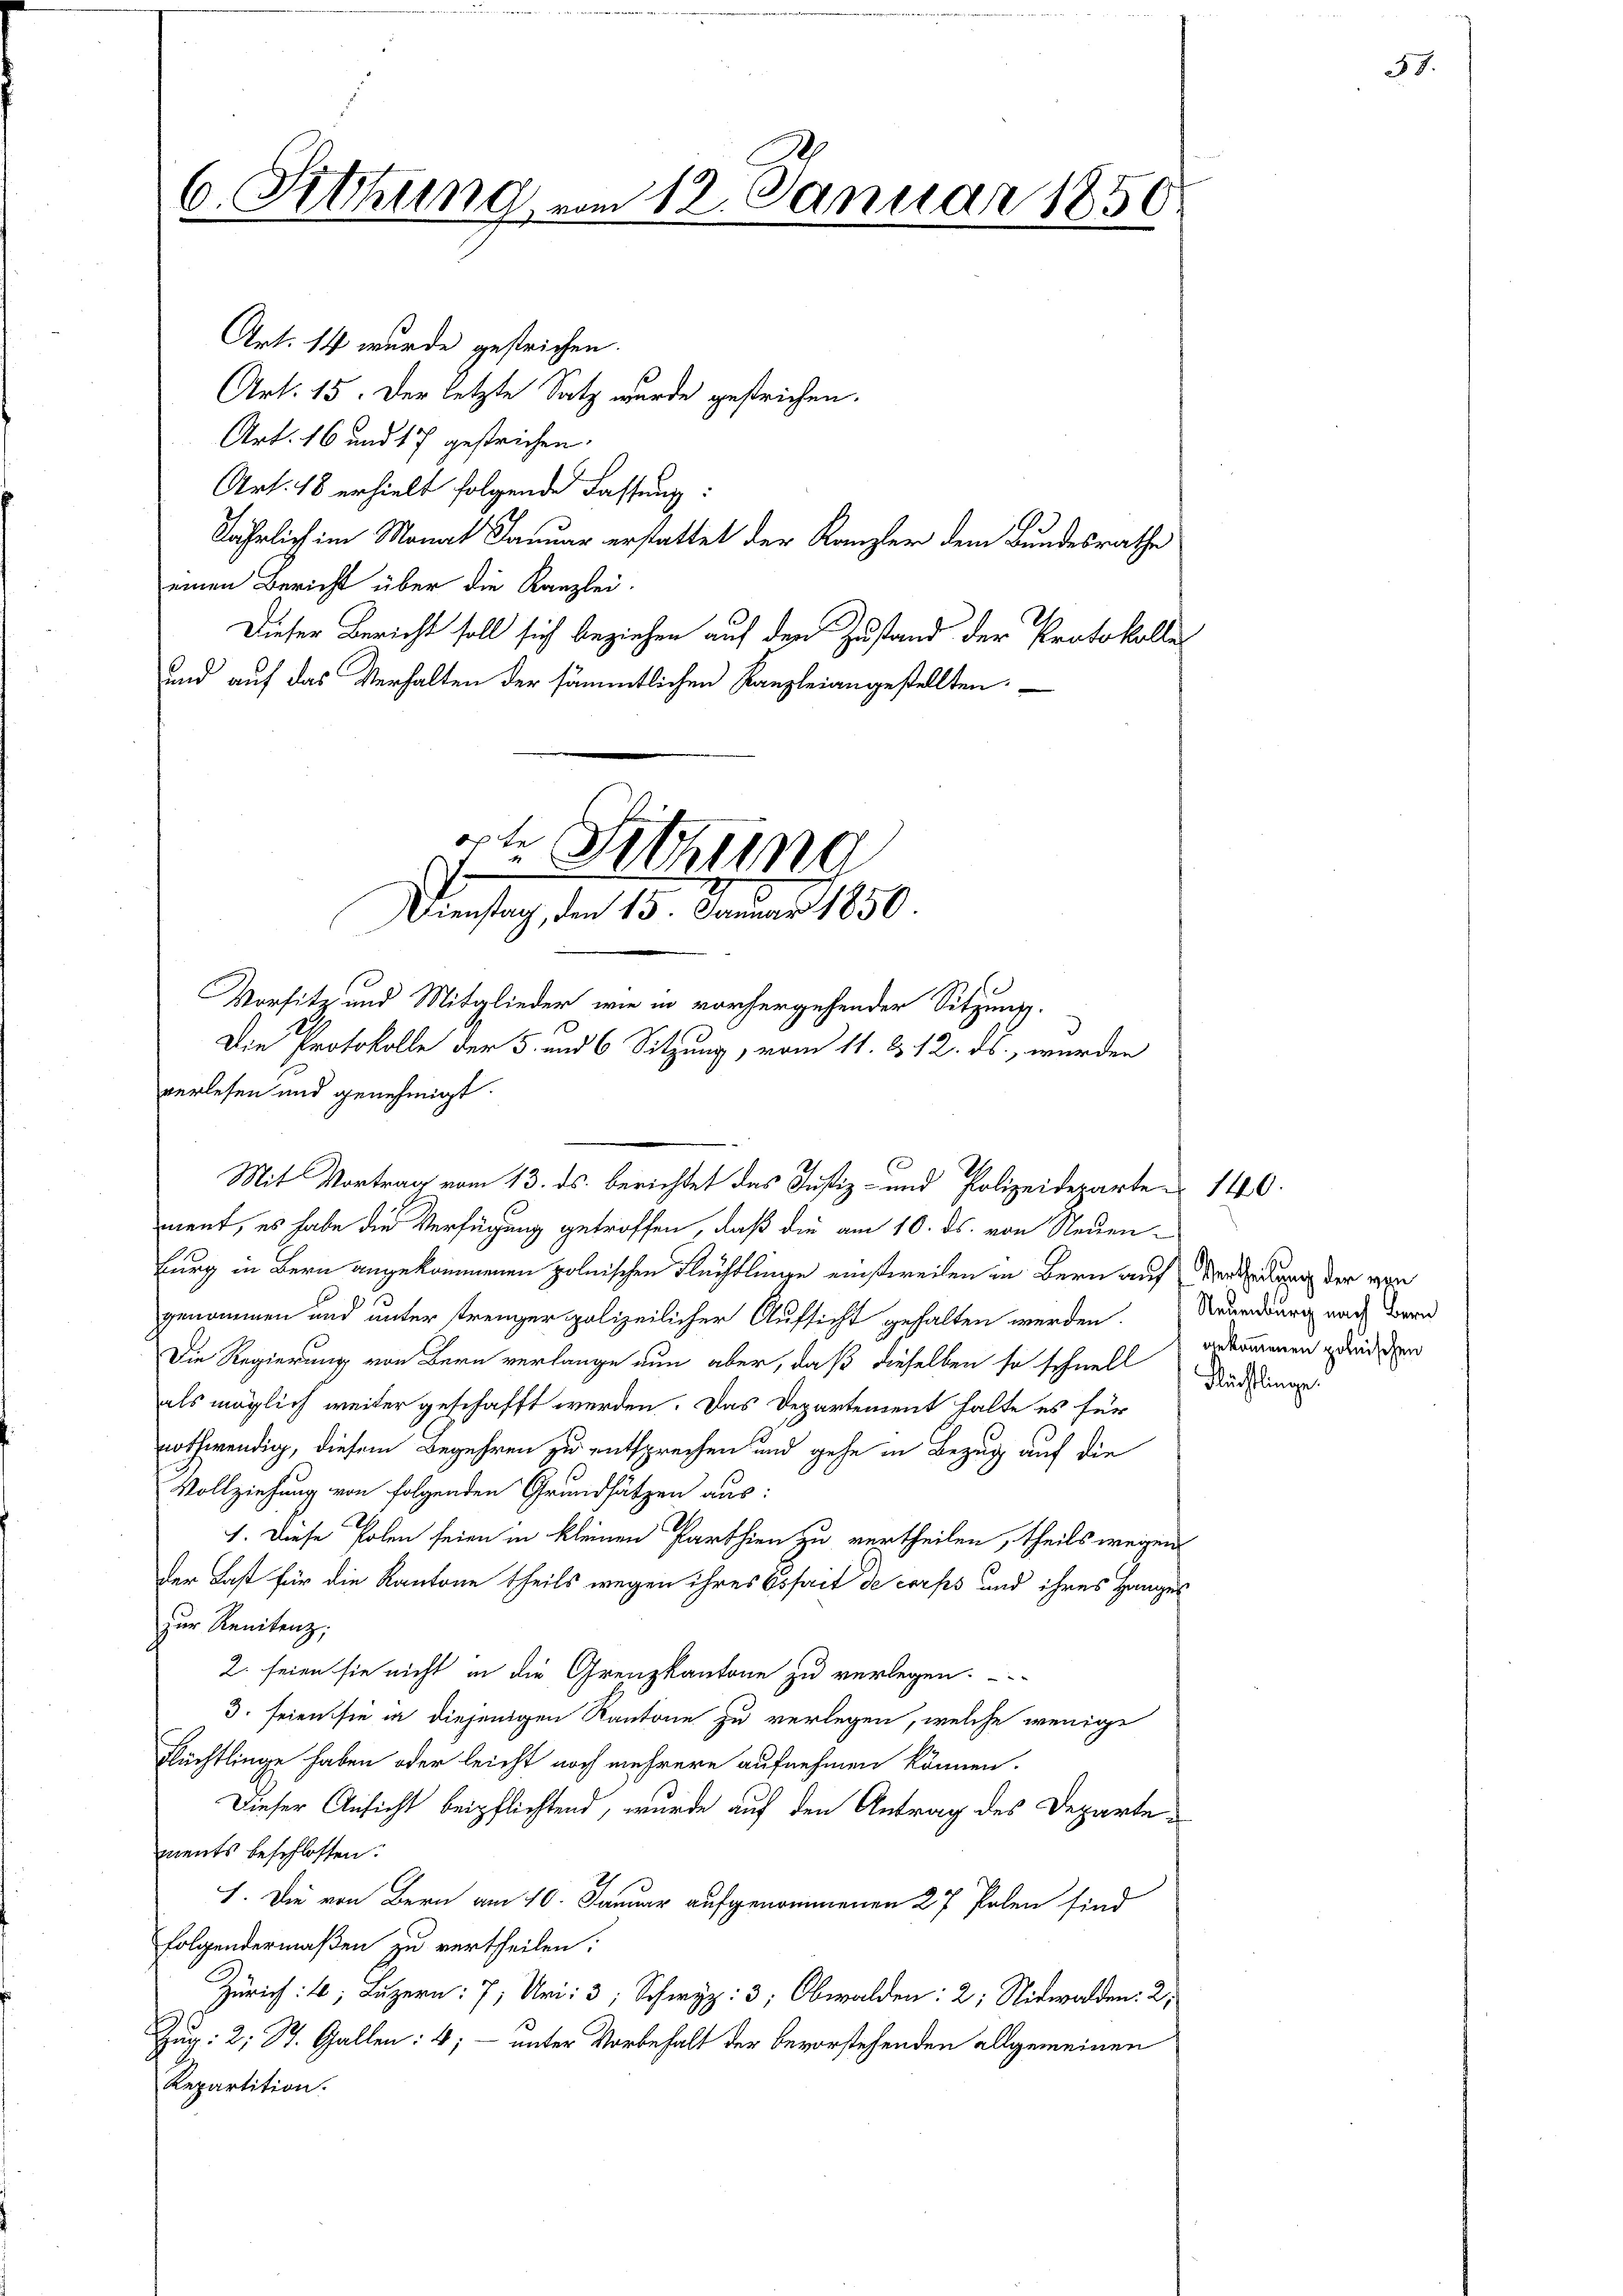
6. Sitzung vom 12. Januar 1850

Art. 14 wurde gestrichen.
Art. 15. Der letzte Satz wurde gestrichen.
Art. 16 und 17 gestrichen.
Art. 18 erhielt folgende Fassung:
Jährlich im Monat Januar erstattet der Kanzler dem Bundesrathe
einen Bericht über die Kanzlei.
Dieser Bericht soll sich beziehen auf den Zustand der Protokolle¬
und auf das Verhalten der sämmtlichen Kanzleiangestellten.

Burg in Bern angekommenen polnischen Flüchtlinge einstweilen in Bern auf Verladung der von
genommen und unter strenger polizeilicher Aufsicht gehalten werden. Neuenburg nach Band
Die Regierung von Bern verlange nun aber, daß dieselben so schnell gekommen zweiden
als möglich weiter geschafft werden. Das Departement halte es für
nothwendig, diesem Begehren zu entsprechen und gehe in Bezug auf die
Vollziehung von folgenden Grundsätzen aus:
1. Diese Polen seien in kleinen Parthien zu vertheilen, theils wegen
der Last für die Kantone theils wegen ihres Essait de corps und ihres Hanges
zur Renitenz;
2. seien sie nicht in die Grenzkantone zu verlegen.
3. seien sie in diejenigen Kantone zu verlegen, welche wenige
Flüchtlinge haben oder leicht noch mehrere aufnehmen können.
Dieser Ansicht beipflichtend, wurde auf den Antrag des Departements beschlossen:
I. Die von Bern am 10. Januar aufgenommenen 27 Polen sind
folgendermaßen zu vertheilen:
Zürich: 6, Luzern: 7, Uri: 3; Schwyz: 3; Obwalden: 2; Nidwalden. 2,
Zug: 2; St. Gallen: 4; — unter Vorbehalt der bevorstehenden allgemeinen
Repartition.

örte
Sitzung
7
Dienstag, den 15. Januar 1850.
Vorsitz und Mitglieder wie in vorhergehender Sitzung.
Die Protokolle der 5. und 6 Sitzung, vom 11. d. 12. ds., wurden
verlesen und genehmigt.
Mit Vortrag vom 13. ds. berichtet das Justiz- und Polizeideparte 140.
ment, es habe die Verfügung getroffen, daß die am 10. ds. von Neuen¬

Flüchtlinge.

37.